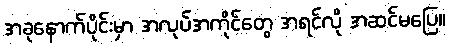
အခုနောက်ပိုင်းမှာ အလုပ်အကိုင်တွေ အရင်လို အဆင်မပြေ။